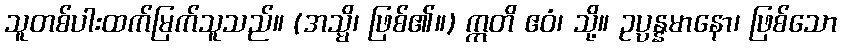
သူတစ်ပါးထက်မြက်သူသည်။ (အသ္မိ၊ ဖြစ်၏။) ဣတိ ဧဝံ၊ သို့။ ဥပ္ပန္နမာနော၊ ဖြစ်သော